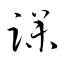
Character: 躁